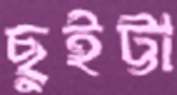
ছুইট্টা